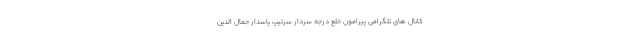
کانال های تلگرامی پیرامون خلع درجه سردار سرتیپ پاسدار جمال الدین